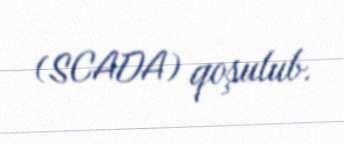
(SCADA) qoşulub.